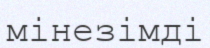
мінезімді